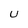
Character: U